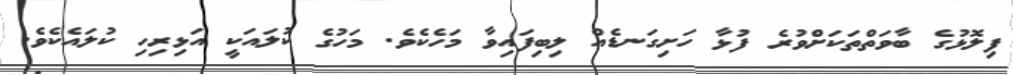
ފިލޮޅުގެ ބާވަތްތަކަށްވުރެ ފުޅާ ހަށިގަނޑެއް ލިބިފައިވާ މަހެކެވެ. މަހުގެ ކުލައަކީ އަޅިރިހި ކުލައެކެވެ.